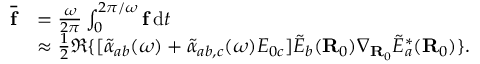
\begin{array} { r l } { \overline { { \mathbf { f } } } } & { = \frac { \omega } { 2 \pi } \int _ { 0 } ^ { 2 \pi / \omega } \mathbf { f } \, \mathrm { d } t } \\ & { \approx \frac { 1 } { 2 } \Re \{ [ \tilde { \alpha } _ { a b } ( \omega ) + \tilde { \alpha } _ { a b , c } ( \omega ) E _ { 0 c } ] \tilde { E } _ { b } ( \mathbf { R } _ { 0 } ) \boldsymbol { \nabla } _ { \mathbf { R } _ { 0 } } \tilde { E } _ { a } ^ { \ast } ( \mathbf { R } _ { 0 } ) \} . } \end{array}